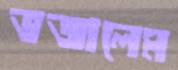
ভজালেম